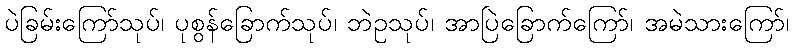
ပဲခြမ်းကြော်သုပ်၊ ပုစွန်ခြောက်သုပ်၊ ဘဲဥသုပ်၊ အာပြဲခြောက်ကြော်၊ အမဲသားကြော်၊